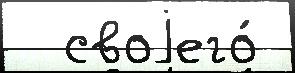
  своjего́